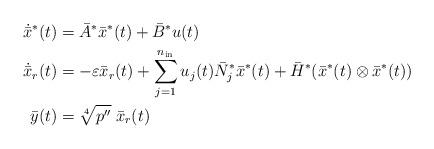
LaTeX: \begin{align*} \dot{\bar{x}}^*(t) & = \bar{A}^* \bar{x}^*(t) + \bar{B}^* u(t) \\ \dot{\bar{x}}_{r}(t) & = - \varepsilon \bar{x}_r(t) + \displaystyle \sum_{j=1}^{n_{\rm in}} u_j(t) \bar{N}_j^* \bar{x}^*(t) + \bar{H}^* ( \bar{x}^*(t) \otimes \bar{x}^*(t) ) \\ \bar{y}(t) & = \sqrt[4]{ p'' } \; \bar{x}_r(t) \end{align*}